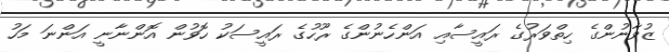
ޒުވާނުންގެ ހިތްވަރުގެ ރައީސާއި އަންހެނުންގެ ރޫހުގެ ރައީސަކު ހޮވުން އޮންނާނީ އަންނަ މަހު